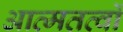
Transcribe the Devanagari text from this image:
आत्मतत्वों